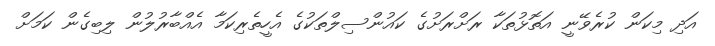
އަދި މިކަން ކުރެވޭނީ އަތޮޅުތަކާ ރަށްރަށުގެ ކައުންސިލްތަކުގެ އެހީތެރިކަމާ އެއްބާރުލުން ލިބިގެން ކަމަށް